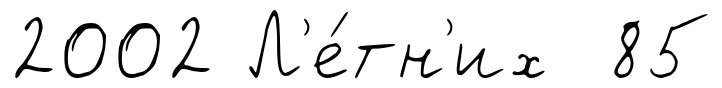
2002 Л'е́тн'их 85